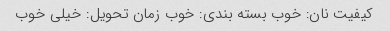
کیفیت نان: خوب بسته بندی: خوب زمان تحویل: خیلی خوب